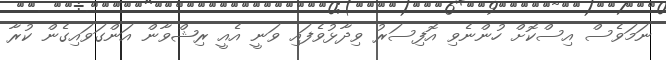
ނަމަވެސް އިސްކޮށް ހުންނެވި އޮފިސަރު ވިދާޅުވެފައި ވަނީ އެއީ ރިޝްވާން އަންގަވައިގެން ކުރާ